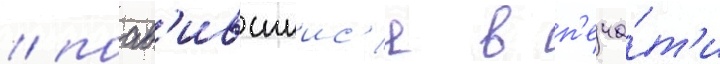
/ поав'ившиис'я в п'еча́т'и